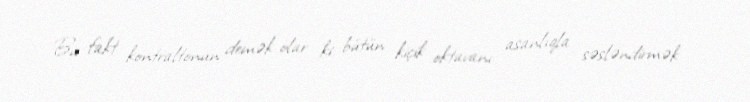
Bu fakt kontraltonun demək olar ki, bütün kiçik oktavanı asanlıqla səsləndirmək